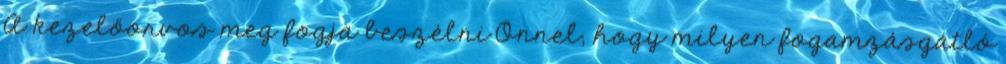
A kezelőorvos meg fogja beszélni Önnel, hogy milyen fogamzásgátló